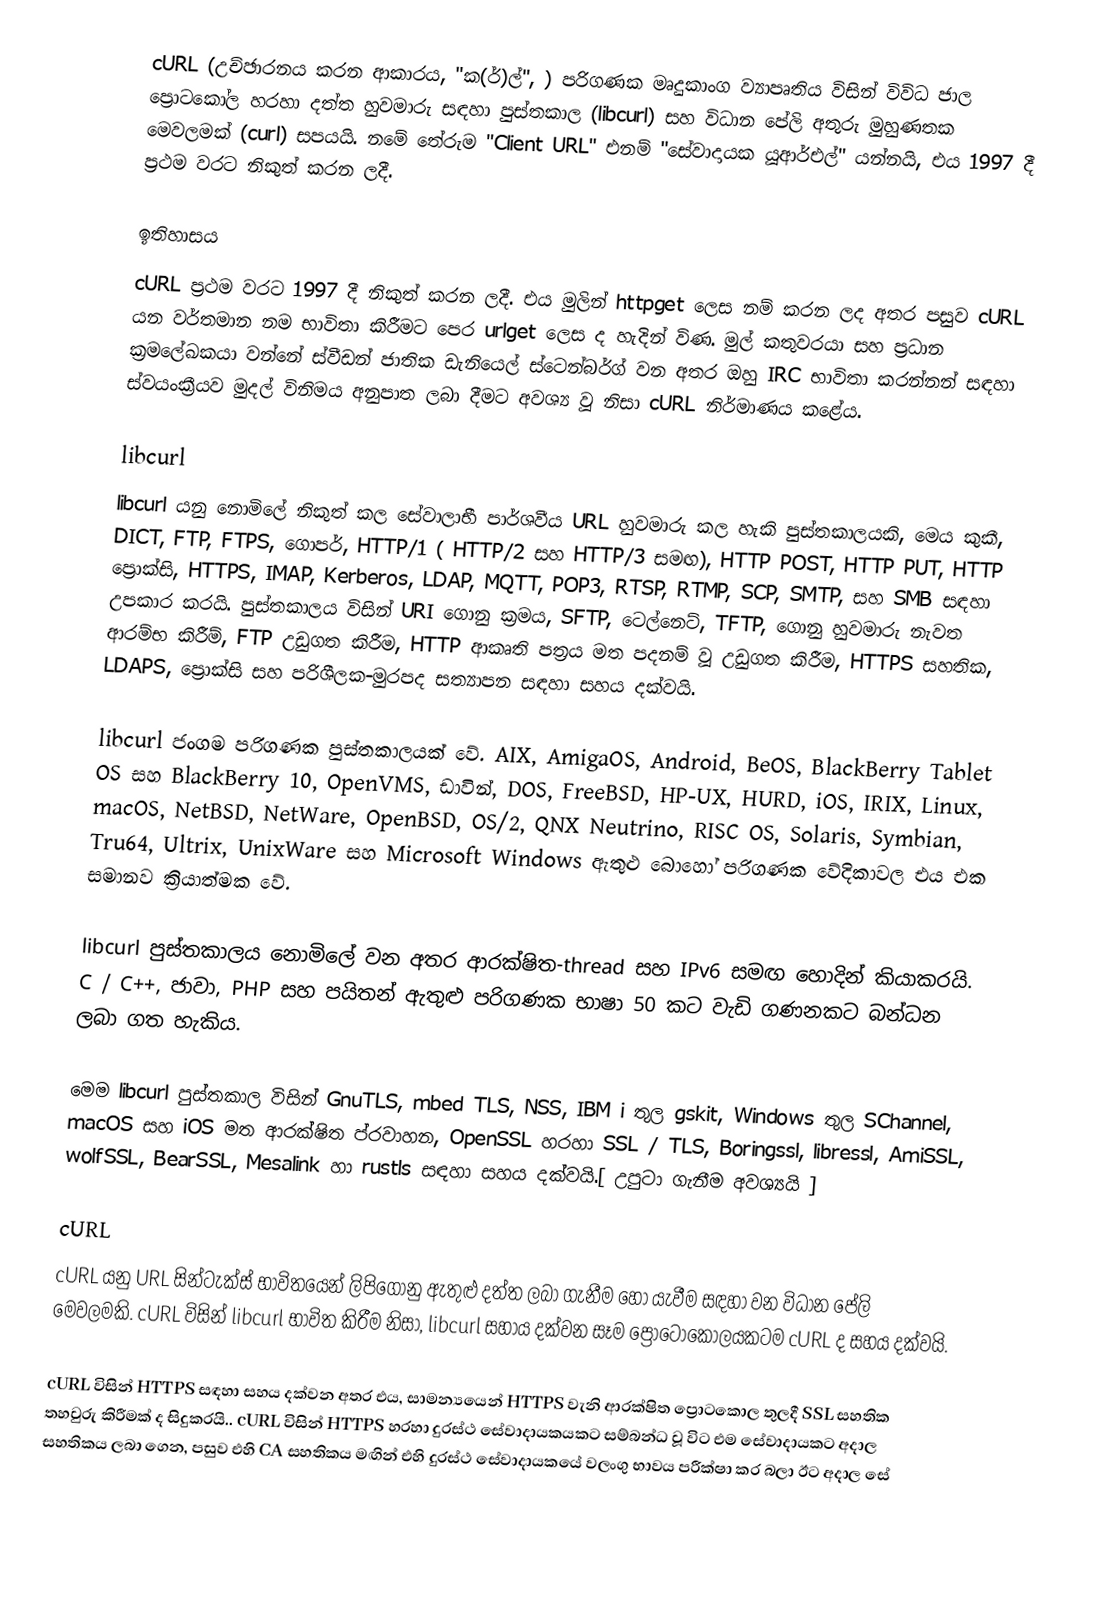
cURL (උච්ඡාරනය කරන ආකාරය, "ක(ර්)ල්", ) පරිගණක මෘදුකාංග ව්‍යාපෘතිය විසින් විවිධ ජාල ප්‍රොටකෝල හරහා දත්ත හුවමාරු සඳහා පුස්තකාල (libcurl) සහ විධාන පේලි අතුරු මුහුණතක මෙවලමක් (curl) සපයයි. නමේ තේරුම "Client URL" එනම් "සේවාදායක යූආර්එල්" යන්නයි,  එය 1997 දී ප්‍රථම වරට නිකුත් කරන ලදී.

ඉතිහාසය
cURL ප්‍රථම වරට 1997 දී නිකුත් කරන ලදී.  එය මුලින් httpget ලෙස නම් කරන ලද අතර පසුව cURL යන වර්තමාන නම භාවිතා කිරීමට පෙර urlget ලෙස ද හැදින් විණ. මුල් කතුවරයා සහ ප්‍රධාන ක්‍රමලේඛකයා වන්නේ ස්වීඩන් ජාතික ඩැනියෙල් ස්ටෙන්බර්ග් වන අතර ඔහු IRC භාවිතා කරන්නන් සඳහා ස්වයංක්‍රීයව මුදල් විනිමය අනුපාත ලබා දීමට අවශ්‍ය වූ නිසා cURL නිර්මාණය කළේය.

libcurl
libcurl යනු නොමිලේ නිකුත් කල සේවාලාභී පාර්ශවීය URL හුවමාරු කල හැකි පුස්තකාලයකි,  මෙය කුකී, DICT, FTP, FTPS, ගොපර්, HTTP/1  ( HTTP/2 සහ HTTP/3 සමඟ), HTTP POST, HTTP PUT, HTTP ප්‍රොක්සි, HTTPS, IMAP, Kerberos, LDAP, MQTT, POP3, RTSP, RTMP, SCP, SMTP, සහ SMB සඳහා උපකාර කරයි. පුස්තකාලය විසින් URI ගොනු ක්‍රමය, SFTP, ටෙල්නෙට්, TFTP, ගොනු හුවමාරු නැවත ආරම්භ කිරීම්, FTP උඩුගත කිරීම, HTTP ආකෘති පත්‍රය මත පදනම් වූ උඩුගත කිරීම, HTTPS සහතික, LDAPS, ප්‍රොක්සි සහ පරිශීලක-මුරපද සත්‍යාපන සඳහා සහය දක්වයි.

libcurl ජංගම පරිගණක පුස්තකාලයක් වේ. AIX, AmigaOS, Android, BeOS, BlackBerry Tablet OS සහ BlackBerry 10,  OpenVMS, ඩාවින්, DOS, FreeBSD, HP-UX, HURD, iOS, IRIX, Linux, macOS, NetBSD, NetWare, OpenBSD, OS/2, QNX Neutrino, RISC OS, Solaris, Symbian, Tru64, Ultrix, UnixWare සහ Microsoft Windows ඇතුළු බොහෝ පරිගණක වේදිකාවල එය එක සමානව ක්‍රියාත්මක වේ.

libcurl පුස්තකාලය නොමිලේ වන අතර ආරක්ෂිත-thread සහ IPv6 සමඟ හොදින් කියාකරයි. C / C++, ජාවා, PHP සහ පයිතන් ඇතුළු පරිගණක භාෂා 50 කට වැඩි ගණනකට බන්ධන ලබා ගත හැකිය.

මෙම libcurl පුස්තකාල විසින් GnuTLS, mbed TLS, NSS, IBM i තුල gskit, Windows තුල SChannel, macOS සහ iOS මත ආරක්ෂිත ප්රවාහන, OpenSSL හරහා SSL / TLS, Boringssl, libressl, AmiSSL, wolfSSL, BearSSL, Mesalink හා rustls සඳහා සහය දක්වයි.[ උපුටා ගැනීම අවශ්‍යයි ]

cURL
cURL යනු URL සින්ටැක්ස් භාවිතයෙන් ලිපිගොනු ඇතුළු දත්ත ලබා ගැනීම හෝ යැවීම සඳහා වන විධාන පේලි මෙවලමකි. cURL විසින් libcurl භාවිත කිරීම නිසා, libcurl සහාය දක්වන සෑම ප්‍රොටෝකෝලයකටම cURL ද සහය දක්වයි.

cURL විසින් HTTPS සඳහා සහය දක්වන අතර එය, සාමන්‍යයෙන් HTTPS වැනි ආරක්ෂිත ප්‍රොටකොල තුලදී SSL සහතික තහවුරු කිරීමක් ද සිදුකරයි.. cURL විසින් HTTPS හරහා දුරස්ථ සේවාදායකයකට සම්බන්ධ වූ විට එම සේවාදායකට අදාල සහතිකය ලබා ගෙන, පසුව එහි CA සහතිකය මඟින් එහි දුරස්ථ සේවාදායකයේ වලංගු භාවය පරීක්ෂා කර බලා ඊට අදාල සේ